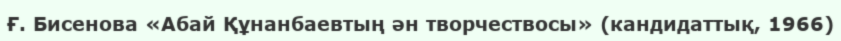
Ғ. Бисенова «Абай Құнанбаевтың ән творчествосы» (кандидаттық, 1966)